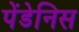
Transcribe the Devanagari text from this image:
पेंडेनिस